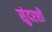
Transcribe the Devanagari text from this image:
सुंदरशी